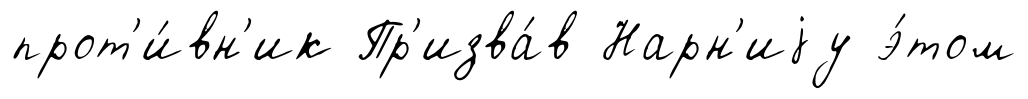
прот'и́вн'ик Пр'изва́в Нарн'иjу э́том